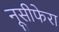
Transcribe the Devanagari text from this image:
नूसीफेरा